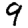
Digit: 9